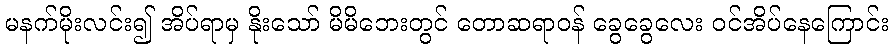
မနက်မိုးလင်း၍ အိပ်ရာမှ နိုးသော် မိမိဘေးတွင် တောဆရာဝန် ခွေခွေလေး ဝင်အိပ်နေကြောင်း